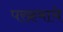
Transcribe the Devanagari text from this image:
परक्रमाचे